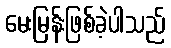
မေးမြန်းဖြစ်ခဲ့ပါသည်